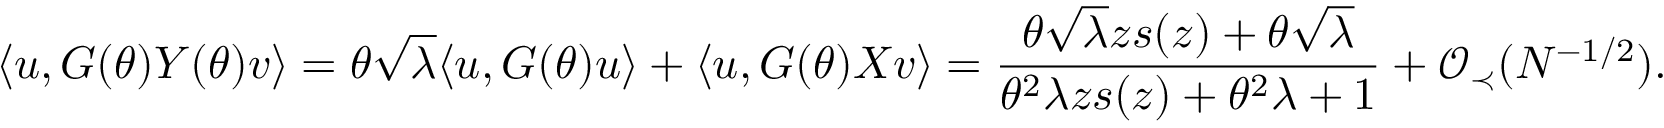
\langle { \boldsymbol u } , G ( \theta ) Y ( \theta ) { \boldsymbol v } \rangle = \theta \sqrt { \lambda } \langle { \boldsymbol u } , G ( \theta ) { \boldsymbol u } \rangle + \langle { \boldsymbol u } , G ( \theta ) X { \boldsymbol v } \rangle = \frac { \theta \sqrt { \lambda } z s ( z ) + \theta \sqrt { \lambda } } { \theta ^ { 2 } \lambda z s ( z ) + \theta ^ { 2 } \lambda + 1 } + { \mathcal O } _ { \prec } ( N ^ { - 1 / 2 } ) .